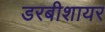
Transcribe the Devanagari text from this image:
डरबीशायर